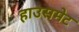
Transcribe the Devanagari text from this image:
हाउसमेट